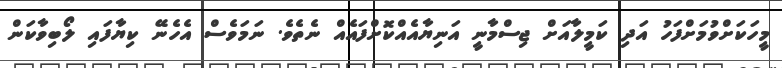
މީހަކަށްވުމަށްފަހު އަދި ކަމީލާއަށް ޖިސްމާނީ އަނިޔާއެއްކޮށްފައެއް ނެތެވެ. ނަމަވެސް އެހެނޭ ކިޔާފައި ލޯބިވާކަން